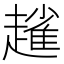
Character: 𧽟